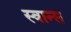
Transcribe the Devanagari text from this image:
स्वान्स